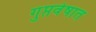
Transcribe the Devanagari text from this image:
गुप्तवेषात